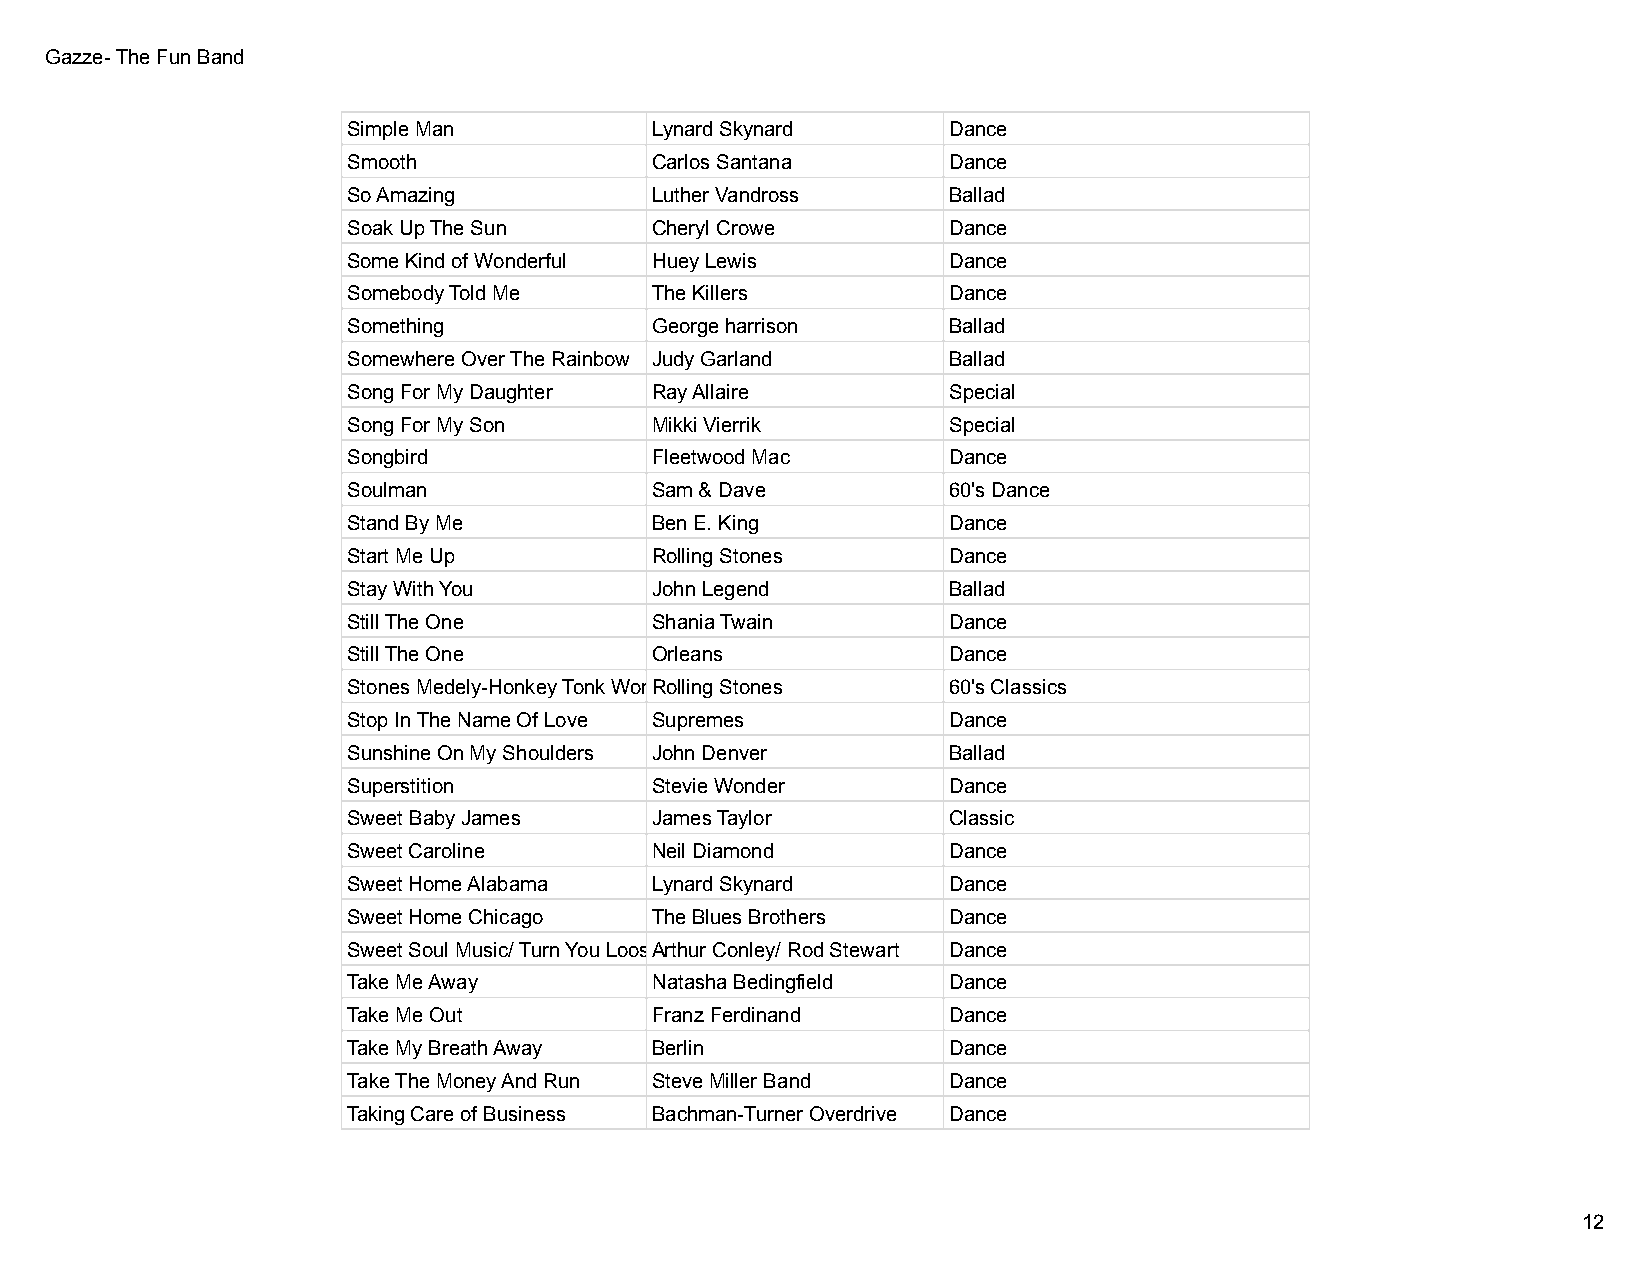
Gazze- The Fun Band
 Simple Man          Lynard Skynard      Dance
 Smooth              Carlos Santana      Dance
 So Amazing          Luther Vandross     Ballad
 Soak Up The Sun     Cheryl Crowe        Dance
 Some Kind of Wonderful Huey Lewis       Dance
 Somebody Told Me    The Killers         Dance
 Something           George harrison     Ballad
 Somewhere Over The Rainbow Judy Garland Ballad
 Song For My Daughter Ray Allaire        Special
 Song For My Son     Mikki Vierrik       Special
 Songbird            Fleetwood Mac       Dance
 Soulman             Sam & Dave          60's Dance
 Stand By Me         Ben E. King         Dance
 Start Me Up         Rolling Stones      Dance
 Stay With You       John Legend         Ballad
 Still The One       Shania Twain        Dance
 Still The One       Orleans             Dance
 Stones Medely-Honkey Tonk WomRaonl,l inBgro Swtno nSeusgar 60's Classics
 Stop In The Name Of Love Supremes       Dance
 Sunshine On My Shoulders John Denver    Ballad
 Superstition        Stevie Wonder       Dance
 Sweet Baby James    James Taylor        Classic
 Sweet Caroline      Neil Diamond        Dance
 Sweet Home Alabama  Lynard Skynard      Dance
 Sweet Home Chicago  The Blues Brothers  Dance
 Sweet Soul Music/ Turn You LooseArthur Conley/ Rod Stewart Dance
 Take Me Away        Natasha Bedingfield Dance
 Take Me Out         Franz Ferdinand     Dance
 Take My Breath Away Berlin              Dance
 Take The Money And Run Steve Miller Band Dance
 Taking Care of Business Bachman-Turner Overdrive Dance
 12